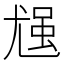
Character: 𪨈